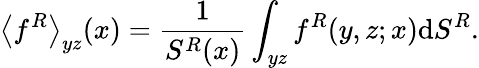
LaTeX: \left\langle f^{R}\right\rangle_{yz}(x)=\frac{1}{S^{R}(x)}\int_{yz}f^{R}(y,z;x)\mathrm{d}S^{R}.